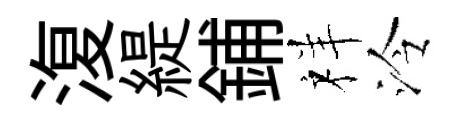
𣸪緹鋪祥泠